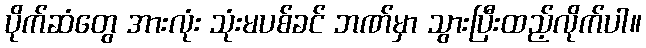
ပိုက်ဆံတွေ အားလုံး သုံးမပစ်ခင် ဘဏ်မှာ သွားပြီးထည့်လိုက်ပါ။